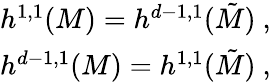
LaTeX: \begin{array}{c}{{h^{1,1}(M)=h^{d-1,1}(\tilde{M})~,}}\\ {{h^{d-1,1}(M)=h^{1,1}(\tilde{M})~,}}\end{array}